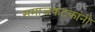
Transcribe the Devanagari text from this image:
समाजकंटकांनी